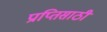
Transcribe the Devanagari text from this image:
प्राप्तिसाठी